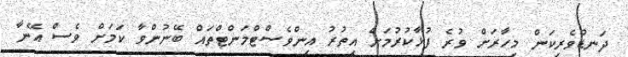
ދަނޑުވެރިކަން މިހާރަށް ވުރެ ފުޅާކުރުމަށް އިތުރު އިންވެސްޓްމަންޓްތައް ބޭނުންވާ ކަމަށް ވެސް އޭނާ